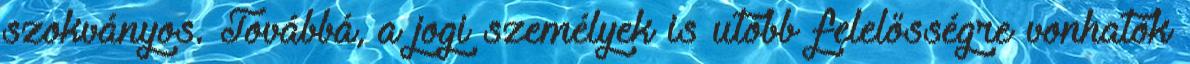
szokványos. Továbbá, a jogi személyek is utóbb felelősségre vonhatók